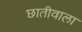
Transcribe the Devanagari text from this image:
छातीवाला